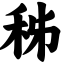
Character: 秭